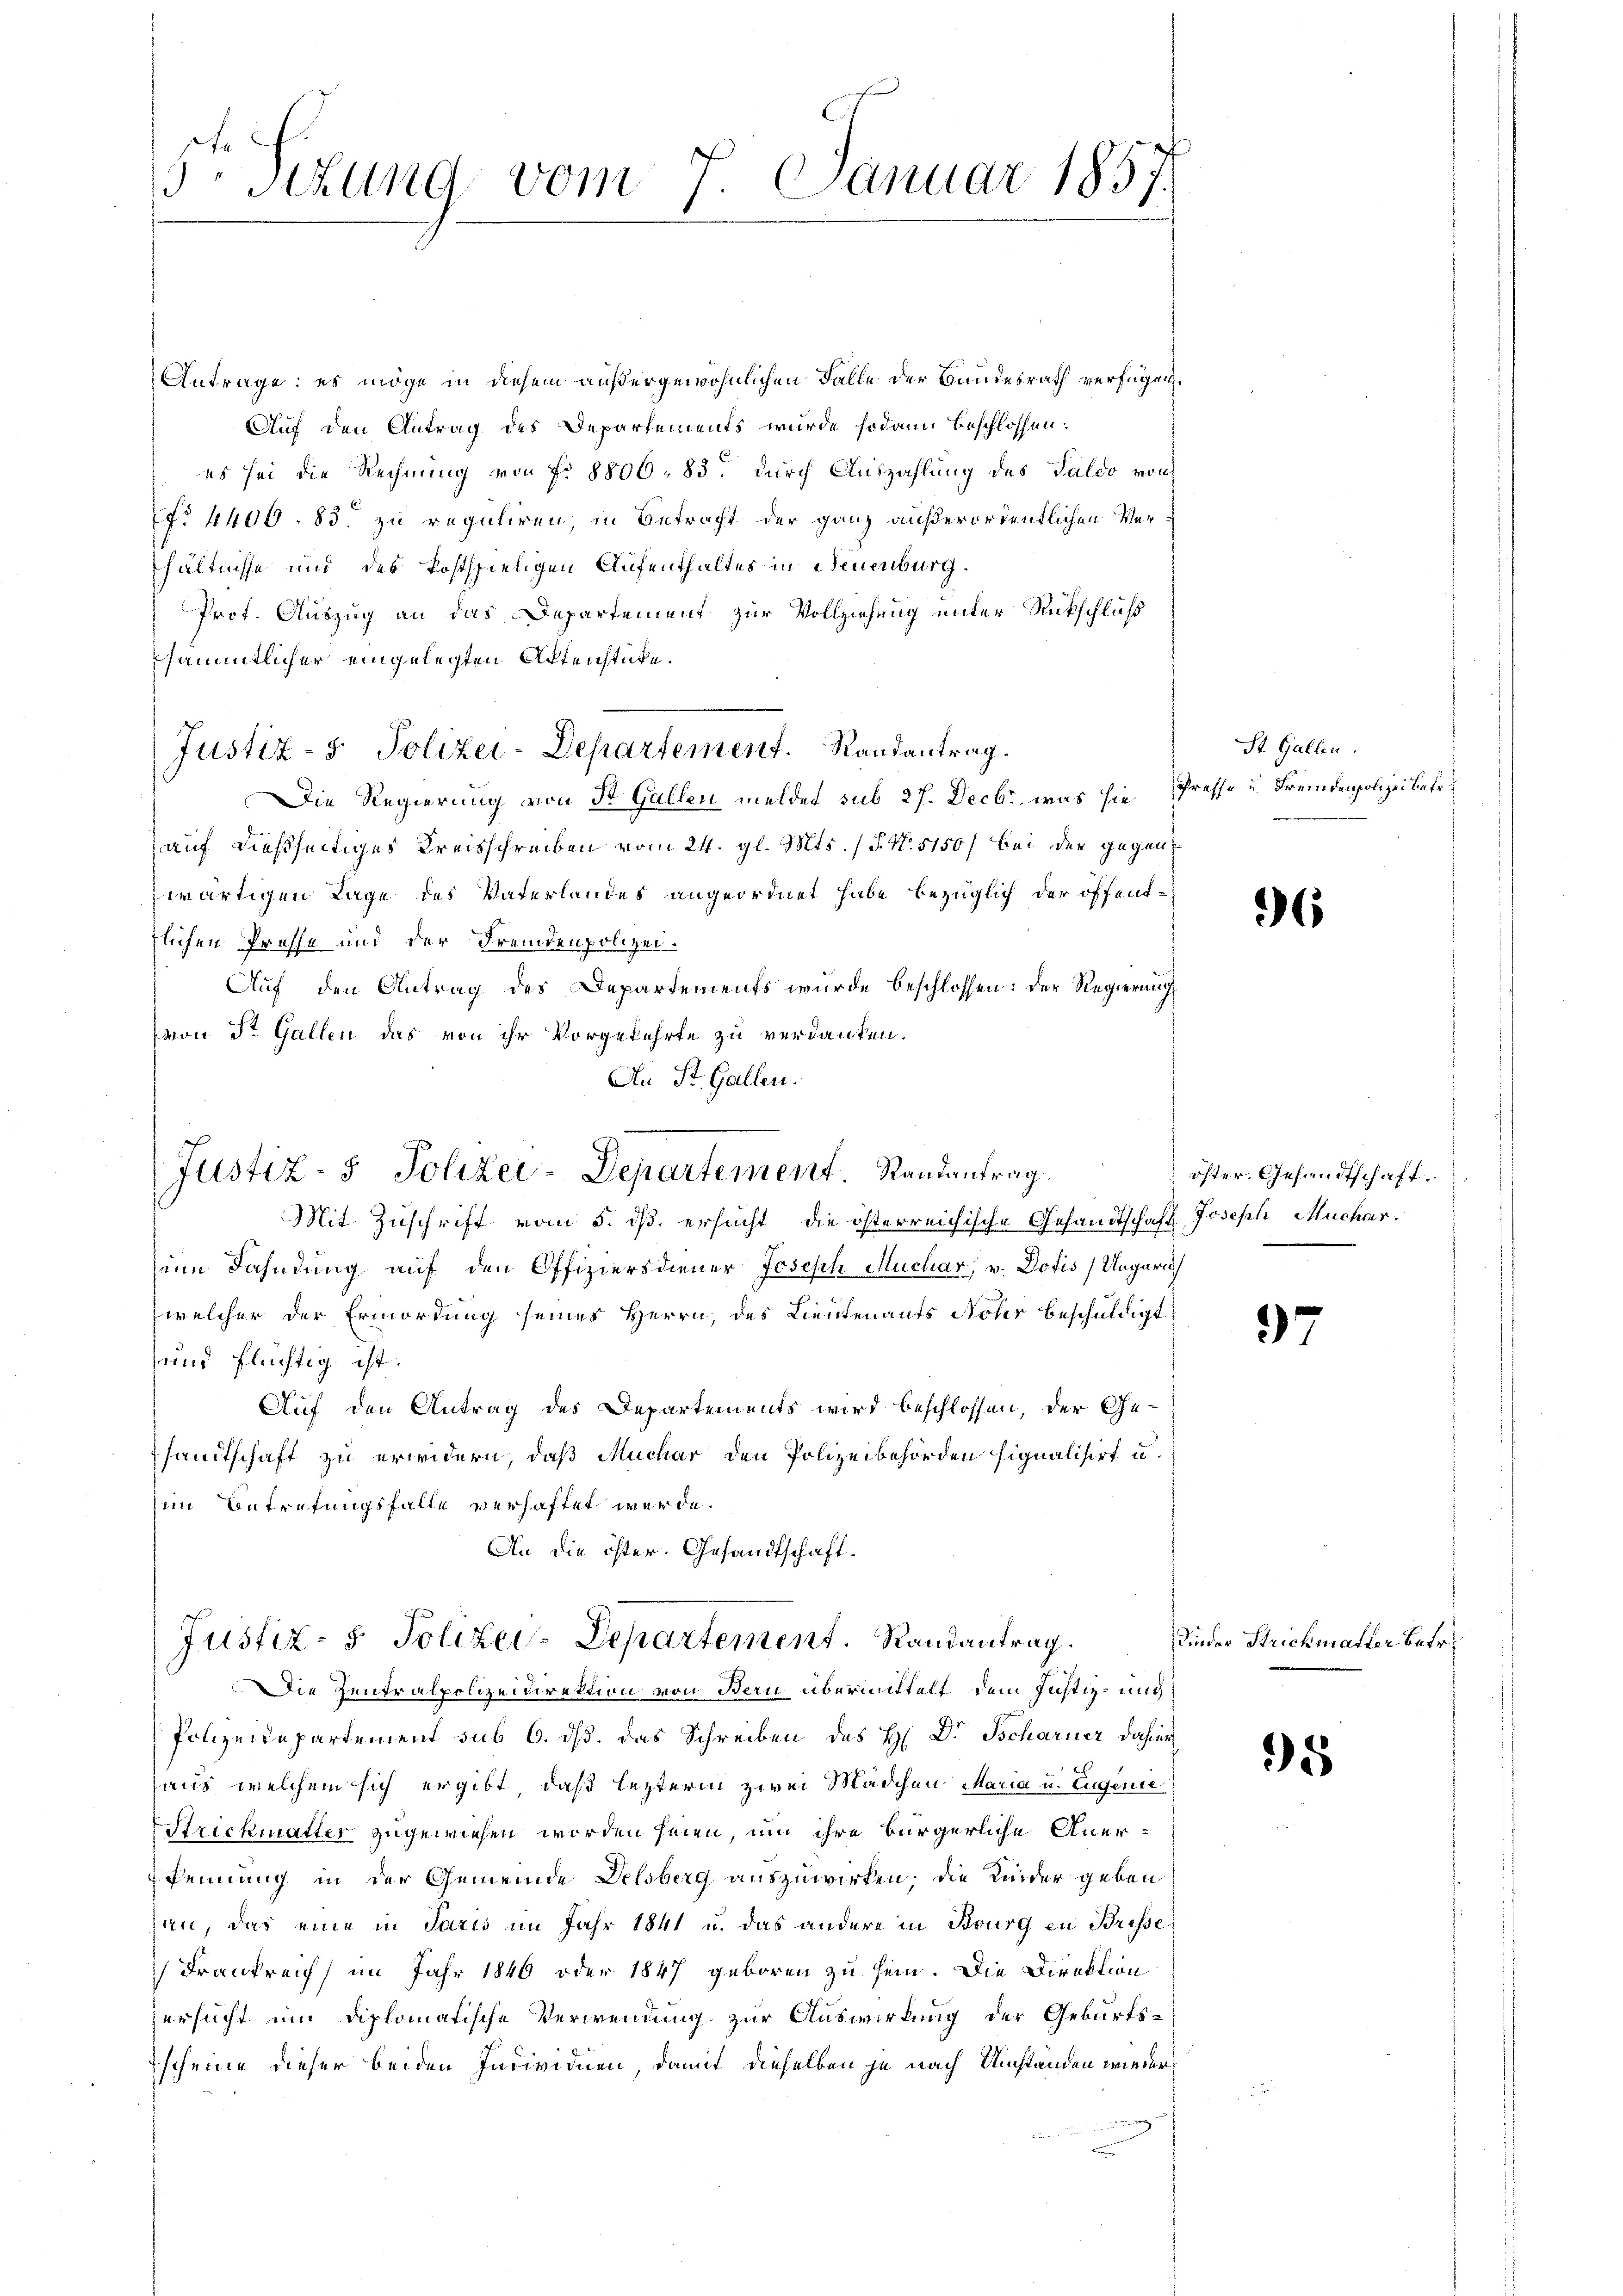
7.
5r Sizung vom 7. Januar 185

Antrage: es möge in diesem außergewöhnlichen Falle der Bundesrath verfügen.
Auf den Antrag des Departements wurde sodann beschlossen:
es sei die Rechnung von fr. 8800. 83. durch Auszahlung des Saldo von
No. 4400. 83. zu reguliren, in Betracht der ganz außerordentlichen Verhältnisse und des kostspieligen Aufenthaltes in Neuenburg.
Prof. Auszug an das Departement zur Vollziehung unter Rückschluß
sämmtlicher eingelegten Aktenstücke.
Justiz- & Polizei-Departement. Randantrag.
Die Regierung von St. Gallen meldet sub 27. Decbr, was sie Presse u. Fremdenpolizei betr.
auf dießseitiges Kreisschreiben vom 24. gl. Mts. (T. N. 5150) bei der gegenzwärtigen Lage des Vaterlandes angeordnet habe, bezüglich der öffenttlichen Presse und der Fremdenpolizei¬
Auf den Antrag des Departements wurde beschlossen: der Regierung
(von St. Gallen das von ihr Vorgekehrte zu verdanken.
An St. Gallen.

Justiz- & Polizei-Departement. Randantrag.

Mit Zuschrift vom 5. ds. ersucht, die österreichische Gesandtschaft Joseph Muchar.
sine Fahndung auf den Offiziersdiener Joseph Muchar, v. Dotis) Ungerich
welcher der Ermordung seines Herrn, des Lieutenants Noter beschuldigt
und flüchtig ist.
Auf den Antrag des Departements wird beschlossen, der Ge-
sandtschaft zu erwidern, daß Muchar den Polizeibehörden signalisirt u.
him Betrefungsfalle verhaftet werde.
An die öster. Gesandtschaft.

Justiz- & Polizei-Departement. Randantrag.

Die Zentralpolizeidirektion von Bern übermittelt dem Justiz- und
Polizeidepartement sub 6. ds. das Schreiben des H. Dr. Tscharner dahier
aus, welchem sich ergibt, daß lezterm zwei Mädchen Maria u. Eugenie
Strickmatter zugewiesen worden seien, um ihre bürgerliche Aner¬
Pennung in der Gemeinde Delsberg auszuwirken; die Kinder geben
han, das eine in Paris im Jahr 1841 u. das andere in Bourg in Bresse
) Frankreich im Jahr 1846 oder 1847 geboren zu sein. Die Direktion
zersucht um diplomatische Verwendung zur Auswirkung der Geburts-
scheine dieser beiden Individuen, damit dieselben je nach Umstanden wieder

St. Gallen.

6

öster. Gesandtschaft.

97

Fieder Strickmatter betr.

5